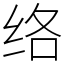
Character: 络